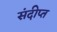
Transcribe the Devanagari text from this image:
संदीप्त